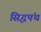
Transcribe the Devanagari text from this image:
सिद्धपंथ